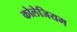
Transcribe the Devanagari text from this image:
कोलेजियम